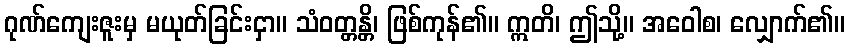
ဂုဏ်ကျေးဇူးမှ မယုတ်ခြင်းငှာ။ သံဝတ္တန္တိ၊ ဖြစ်ကုန်၏။ ဣတိ၊ ဤသို့။ အဝေါစ၊ လျှောက်၏။